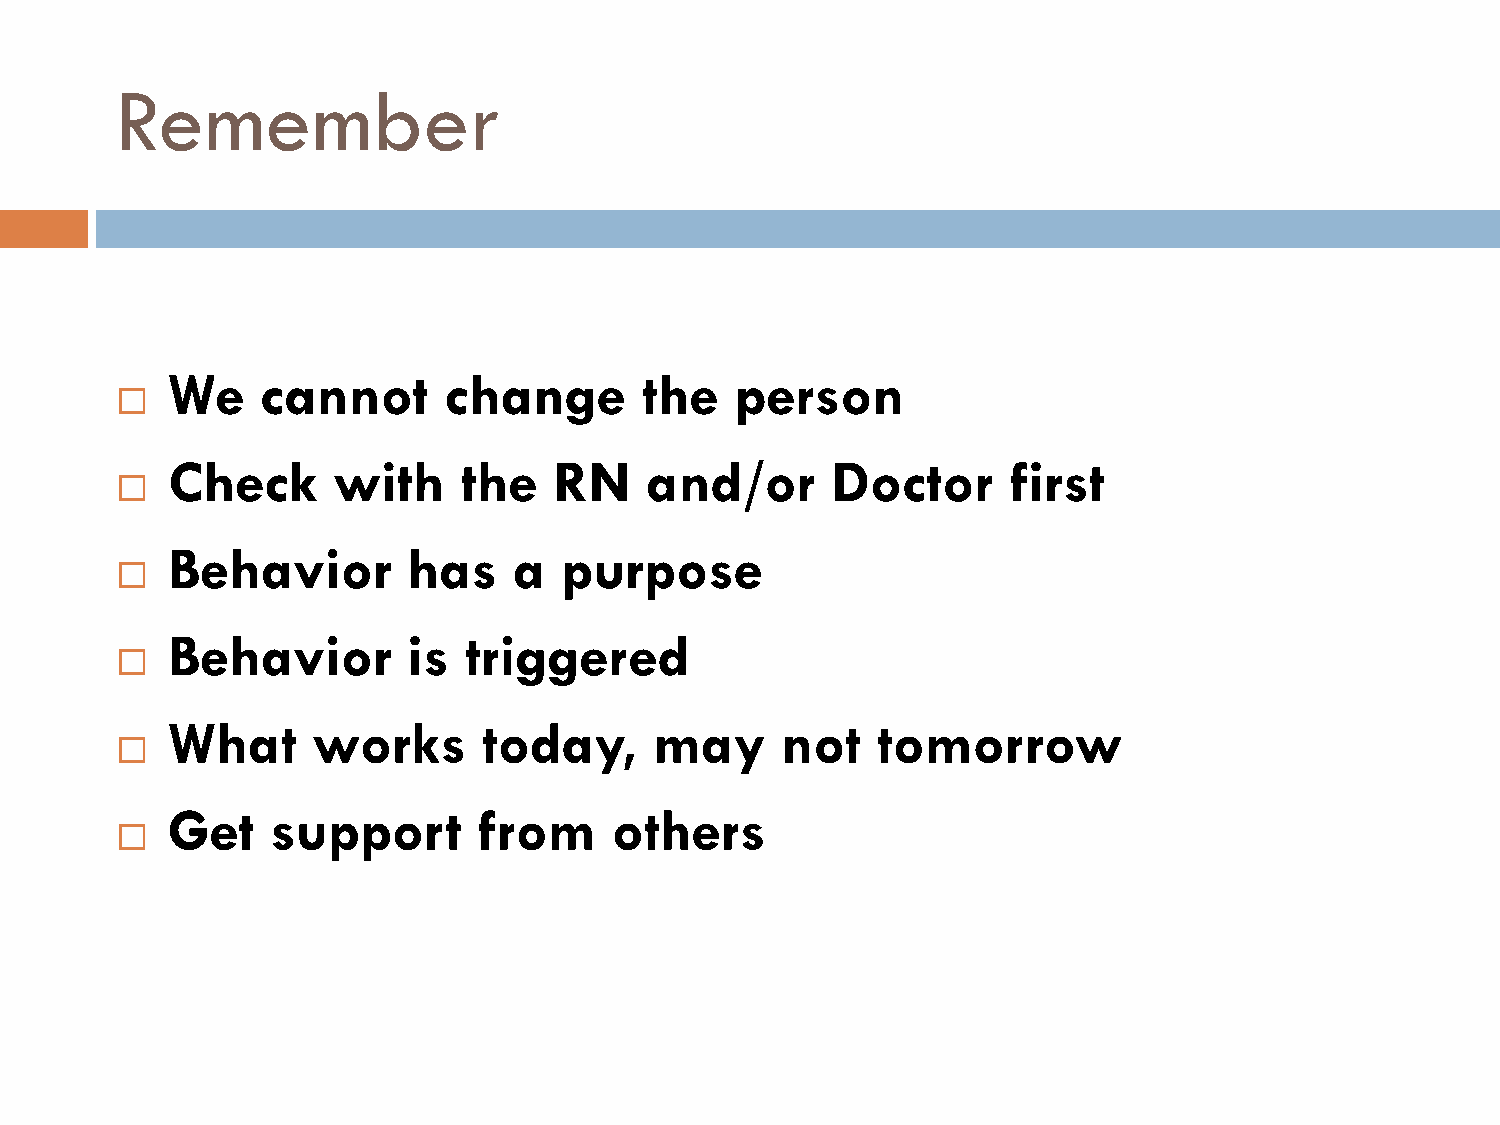
Remember
 We    cannot      change        the   person
 
 Check      with     the   RN    and/or      Doctor      first
 
 Behavior        has    a  purpose
 
 Behavior        is  triggered
 
 What      works      today,     may      not   tomorrow
 
 Get    support       from     others
 